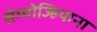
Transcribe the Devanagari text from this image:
सेम्मोज्हियाना